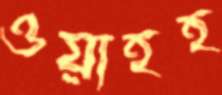
ওয়াহহ